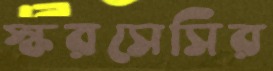
স্করসেসির